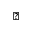
\vartriangle